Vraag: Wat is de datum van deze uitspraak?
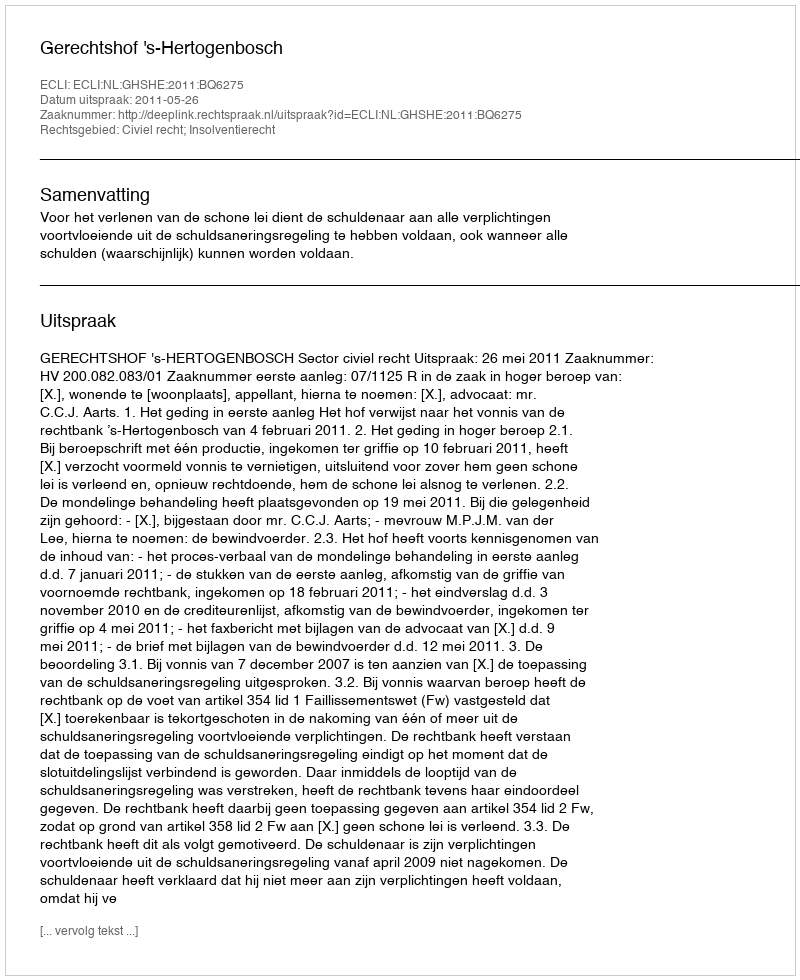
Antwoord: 2011-05-26